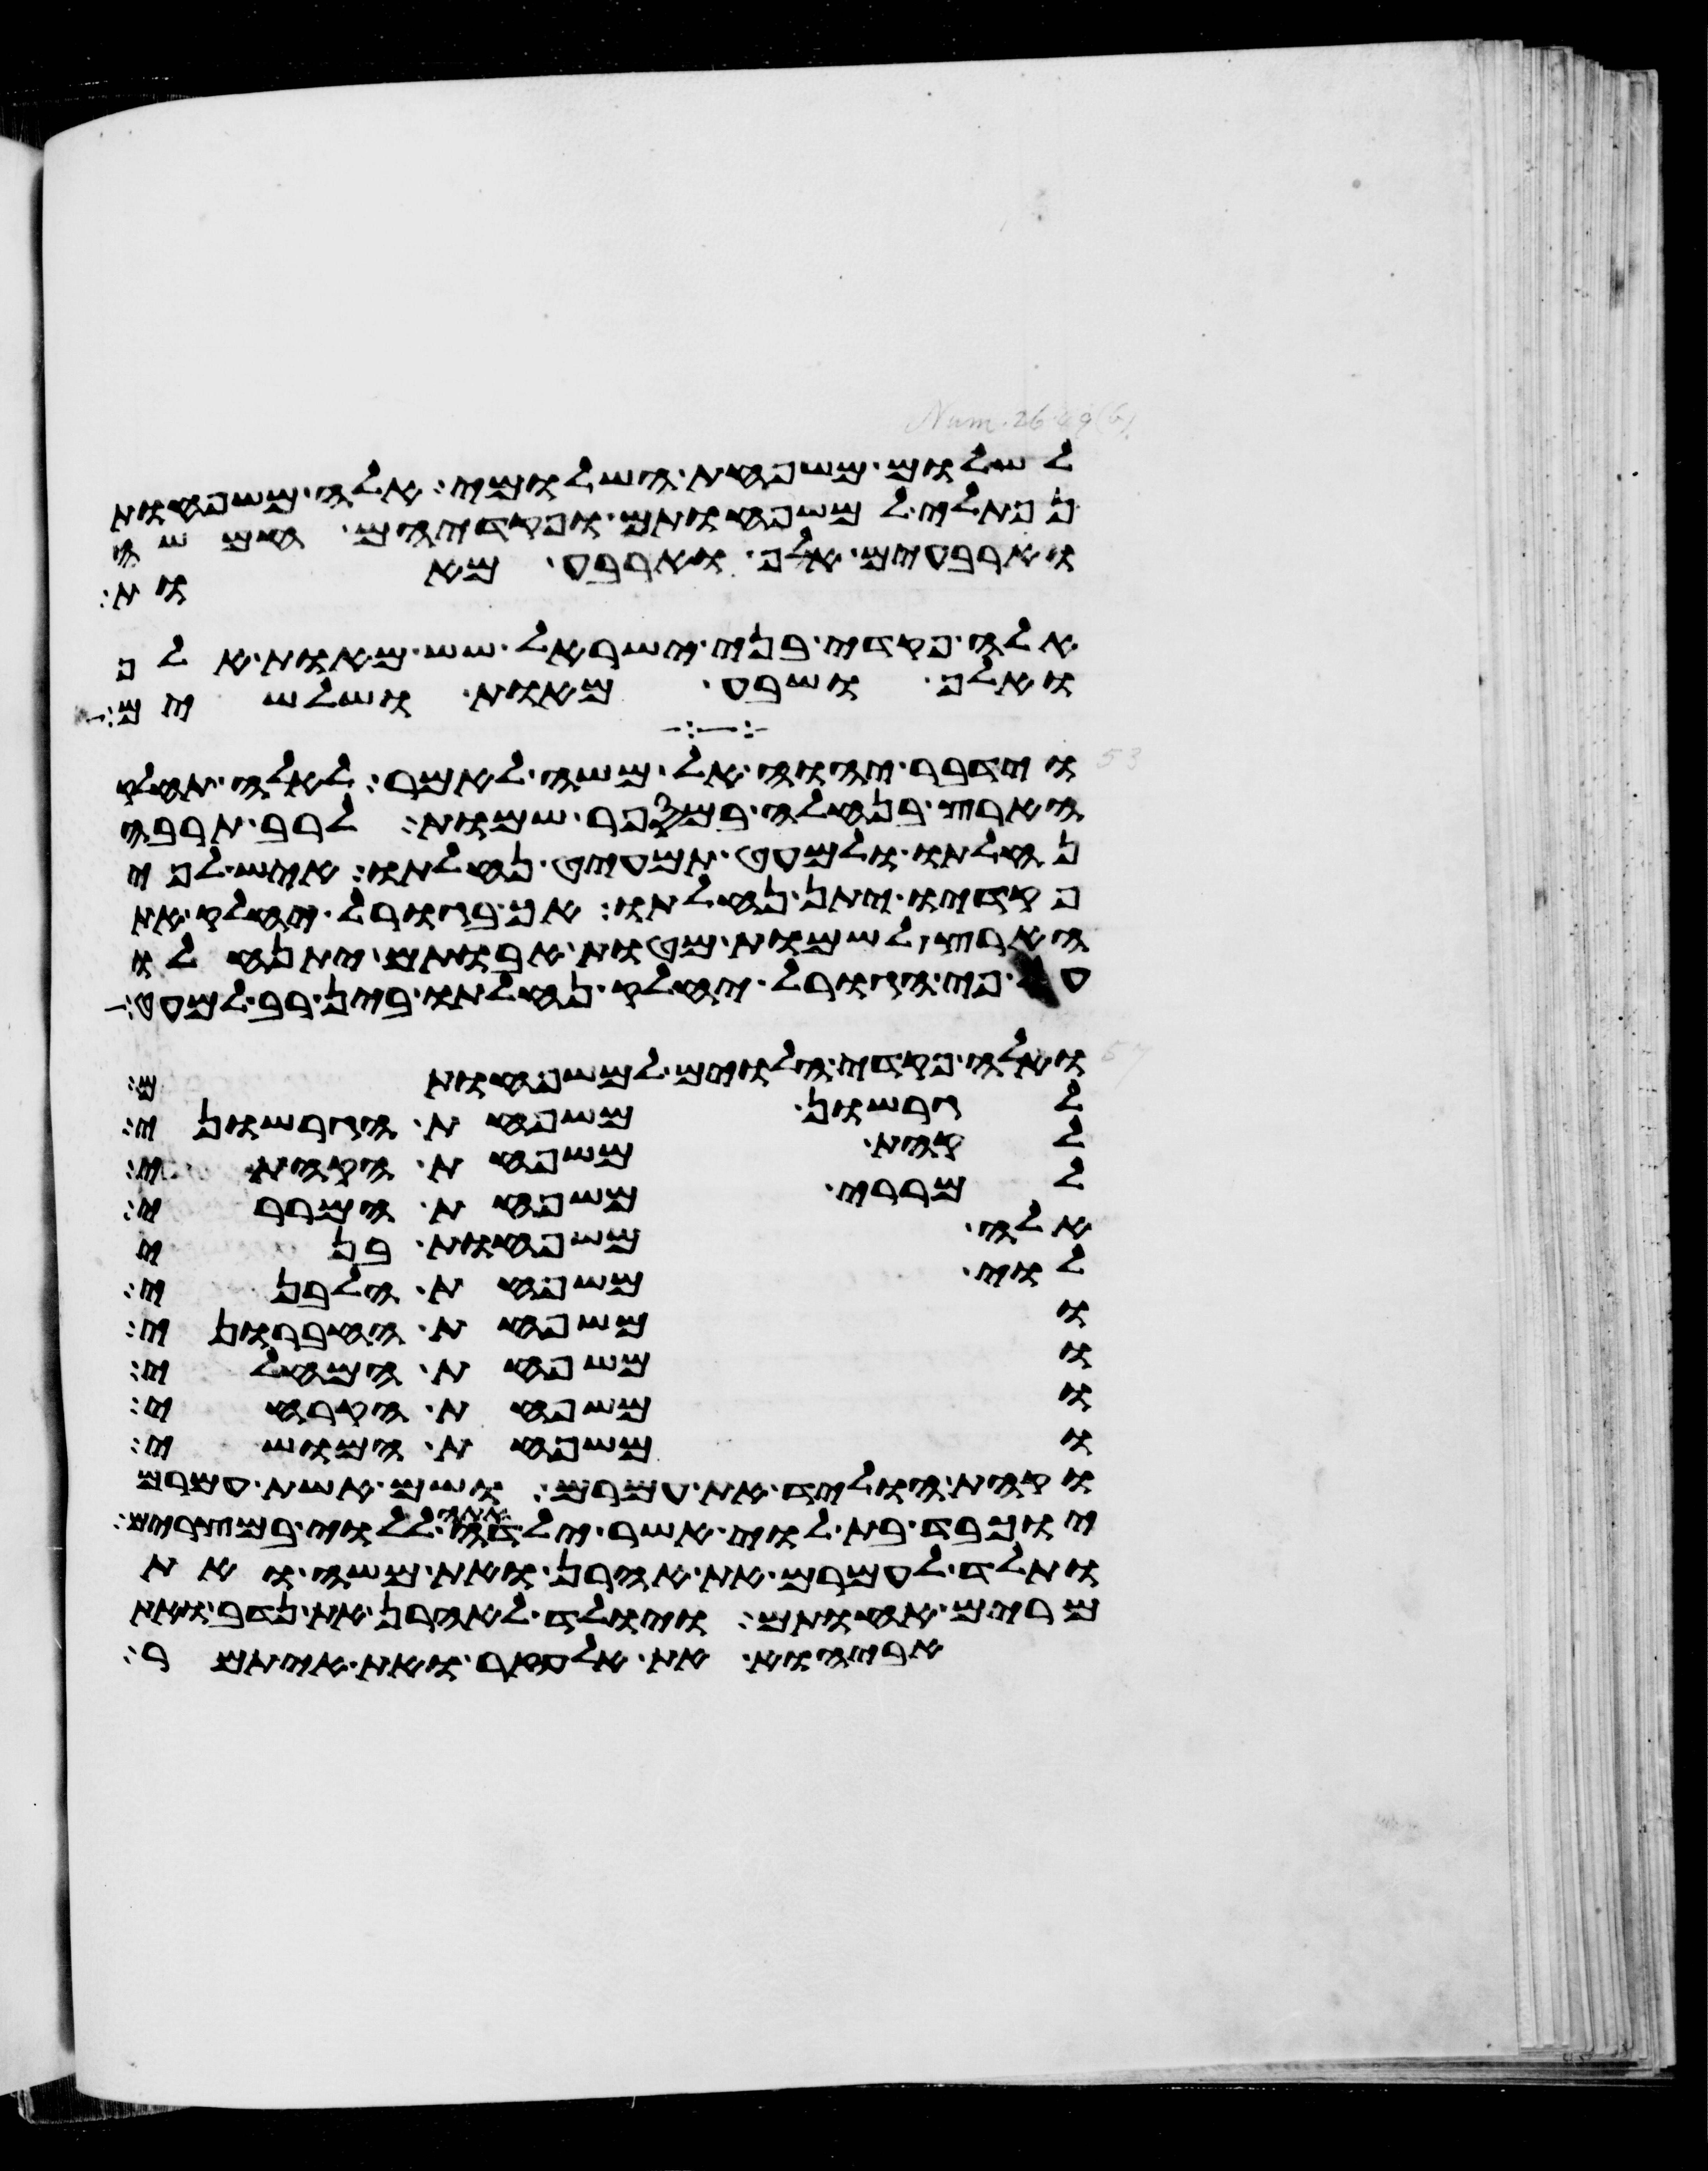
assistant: לשלום משפחת השלומי אלה משפחות
נפתלי למשפחותם ופקדיהם חמשה
וארבעים אלף וארבע מאות
אלה פקדי בני ישראל שש מאות אלף
ואלף ושבע מאות ושלשים
וידבר יהוה אל משה לאמר לאלה תחלק
הארץ בנחלה במספר שמות לרב תרבה
נחלתו ולמעט תמעיט נחלתו איש לפי
פקדיו יתן נחלתו אך בגורל יחלק את
הארץ לשמות מטות אבתיכם יתנחלו
על פי הגורל יחלק נחלתו בין רב למעט
ואלה פקדי הלוים למשפחותם
לגרשון משפחת הגרשוני
לקהת משפחת הקהתי
למררי משפחת המררי
אלה משפחות בני
לוי משפחת הלבני
ומשפחת החברוני
ומשפחת המחלי
ומשפחת הקרחי
ומשפחת המושי
וקהת הוליד את עמרם ושם אשת עמרם
יוכבד בת לוי אשר ילדה אתה ללוי במצרים
ותלד לעמרם את אהרן ואת משה ואת
מרים אחתם ויולד לאהרן את נדב ואת
אביהוא את אלעזר ואת איתמר